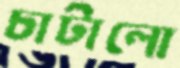
চাটালো